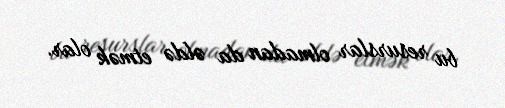
bu resurslar olmadan da əldə etmək olar.